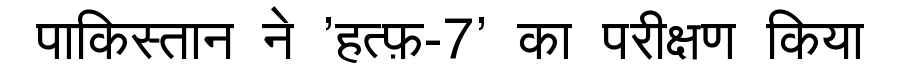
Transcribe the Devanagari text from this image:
पाकिस्तान ने 'हत्फ़-7' का परीक्षण किया